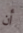
أن